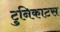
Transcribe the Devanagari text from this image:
टुनिकाटस